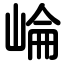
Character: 崘